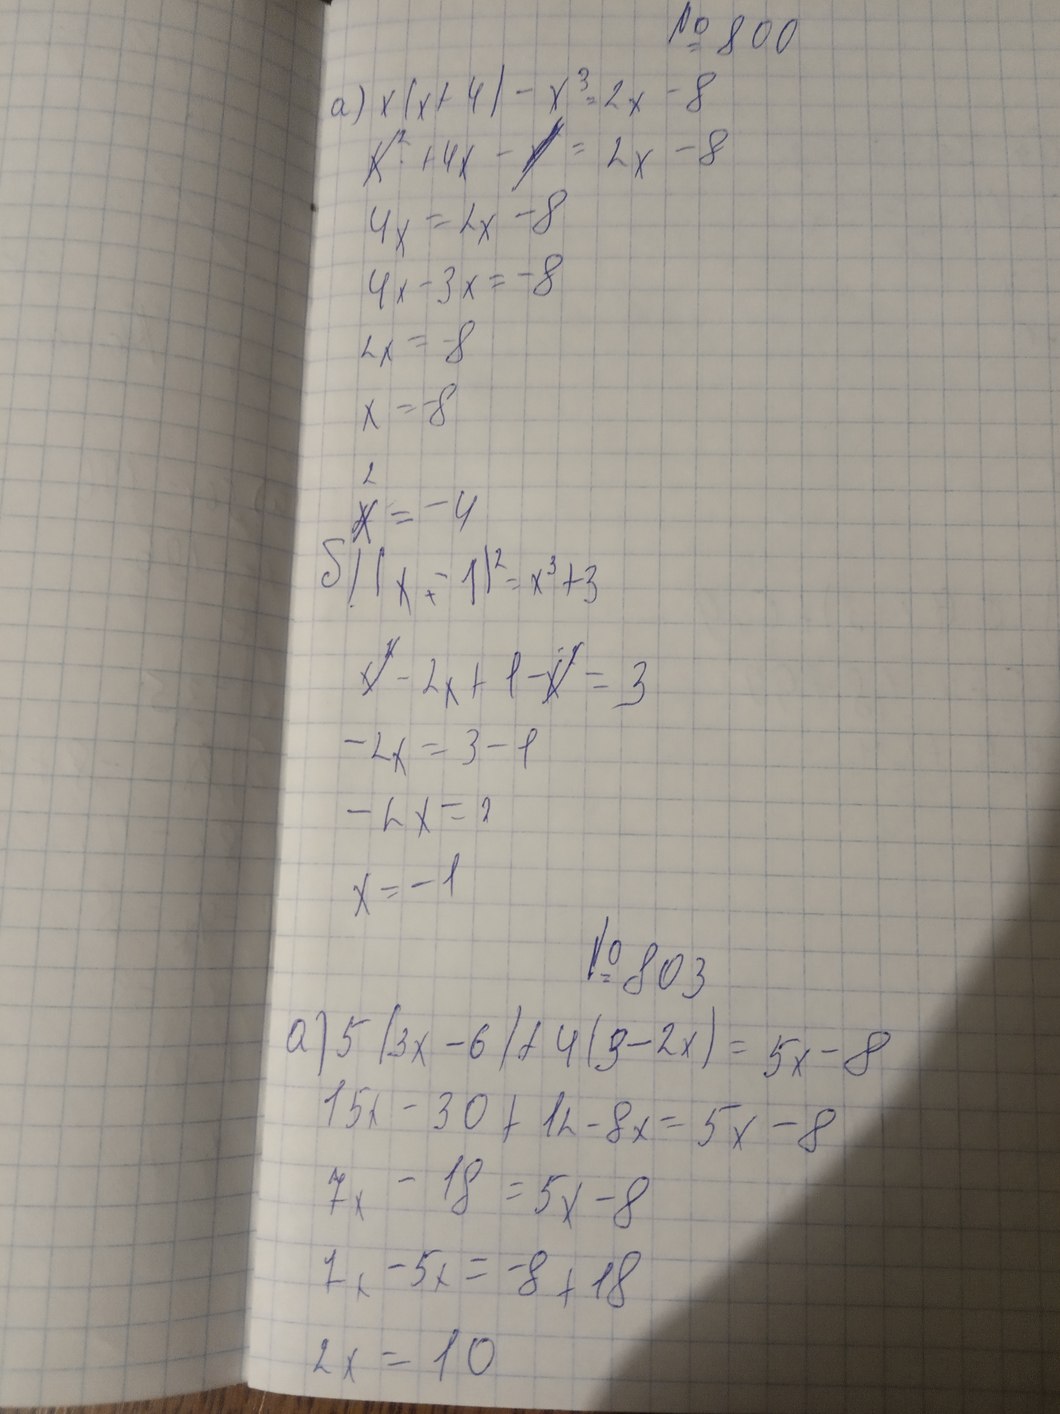
№ 800
а) x ( x+4) - x^3 = 2x - 8
~~x^2~~ + 4x - ~~x^2~~ = 2x - 8
4x = 4x - 8
4x - 3x = -8
2x = -8
x = -8
x^2 = -4
5) (x + 1)^2 = x^3 + 3
~~x^2~~ - 2x + 1 - ~~x^2~~ = 3
-2x = 3 - 1
-2x=2
x = -1
№ 803
a) 5(3x - 6) + 4(3 - 2x) = 5x - 8
15x - 30 + 12 - 8x = 5x - 8
7x - 18 = 5x - 8
7x - 5x = -8 + 18
2x = 10